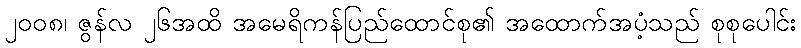
၂၀၀၈၊ ဇွန်လ ၂၆အထိ အမေရိကန်ပြည်ထောင်စု၏ အထောက်အပံ့သည် စုစုပေါင်း